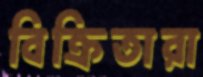
বিক্রিতারা